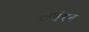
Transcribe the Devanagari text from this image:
अंतंरग